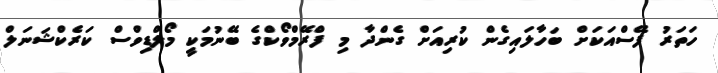
ހަތަރު ފޭސްއަކަށް ބަހާލައިގެން ކުރިއަށް ގެންދާ މި ފްރޭމްވޯކްގެ ބޭނުމަކީ މޯލްޑިވްސް ކަރެކްޝަނަލް